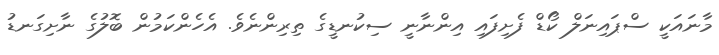
މާނައަކީ ސްޕައިނަލް ކޯޑް ފެށިފައި އިންނާނީ ސިކުނޑީގެ ތިރިންނެވެ. އެހެންކަމުން ބޮލުގެ ނާށިގަނޑު